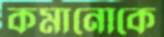
কমানোকে